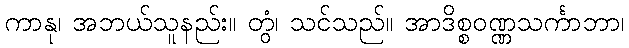
ကာနု၊ အဘယ်သူနည်း။ တွံ၊ သင်သည်။ အာဒိစ္စဝဏ္ဏသင်္ကာဘာ၊